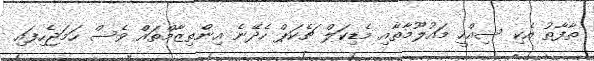
ތާފާތު އެކި ސިއްހީ މައުލޫމާތާއި މެޑިކަލް ޗެކަޕް ހެދޭނެ އިންތިޒާމްތައް ވެސް ހަމަޖެހިފައި